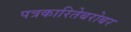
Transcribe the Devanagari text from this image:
पत्रकारितेबरोबर